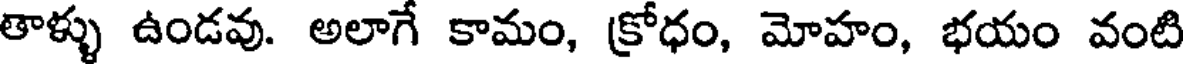
తాళ్ళు ఉండవు. అలాగే కామం, క్రోధం, మోహం, భయం వంటి